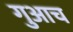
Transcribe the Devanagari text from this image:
गुआच